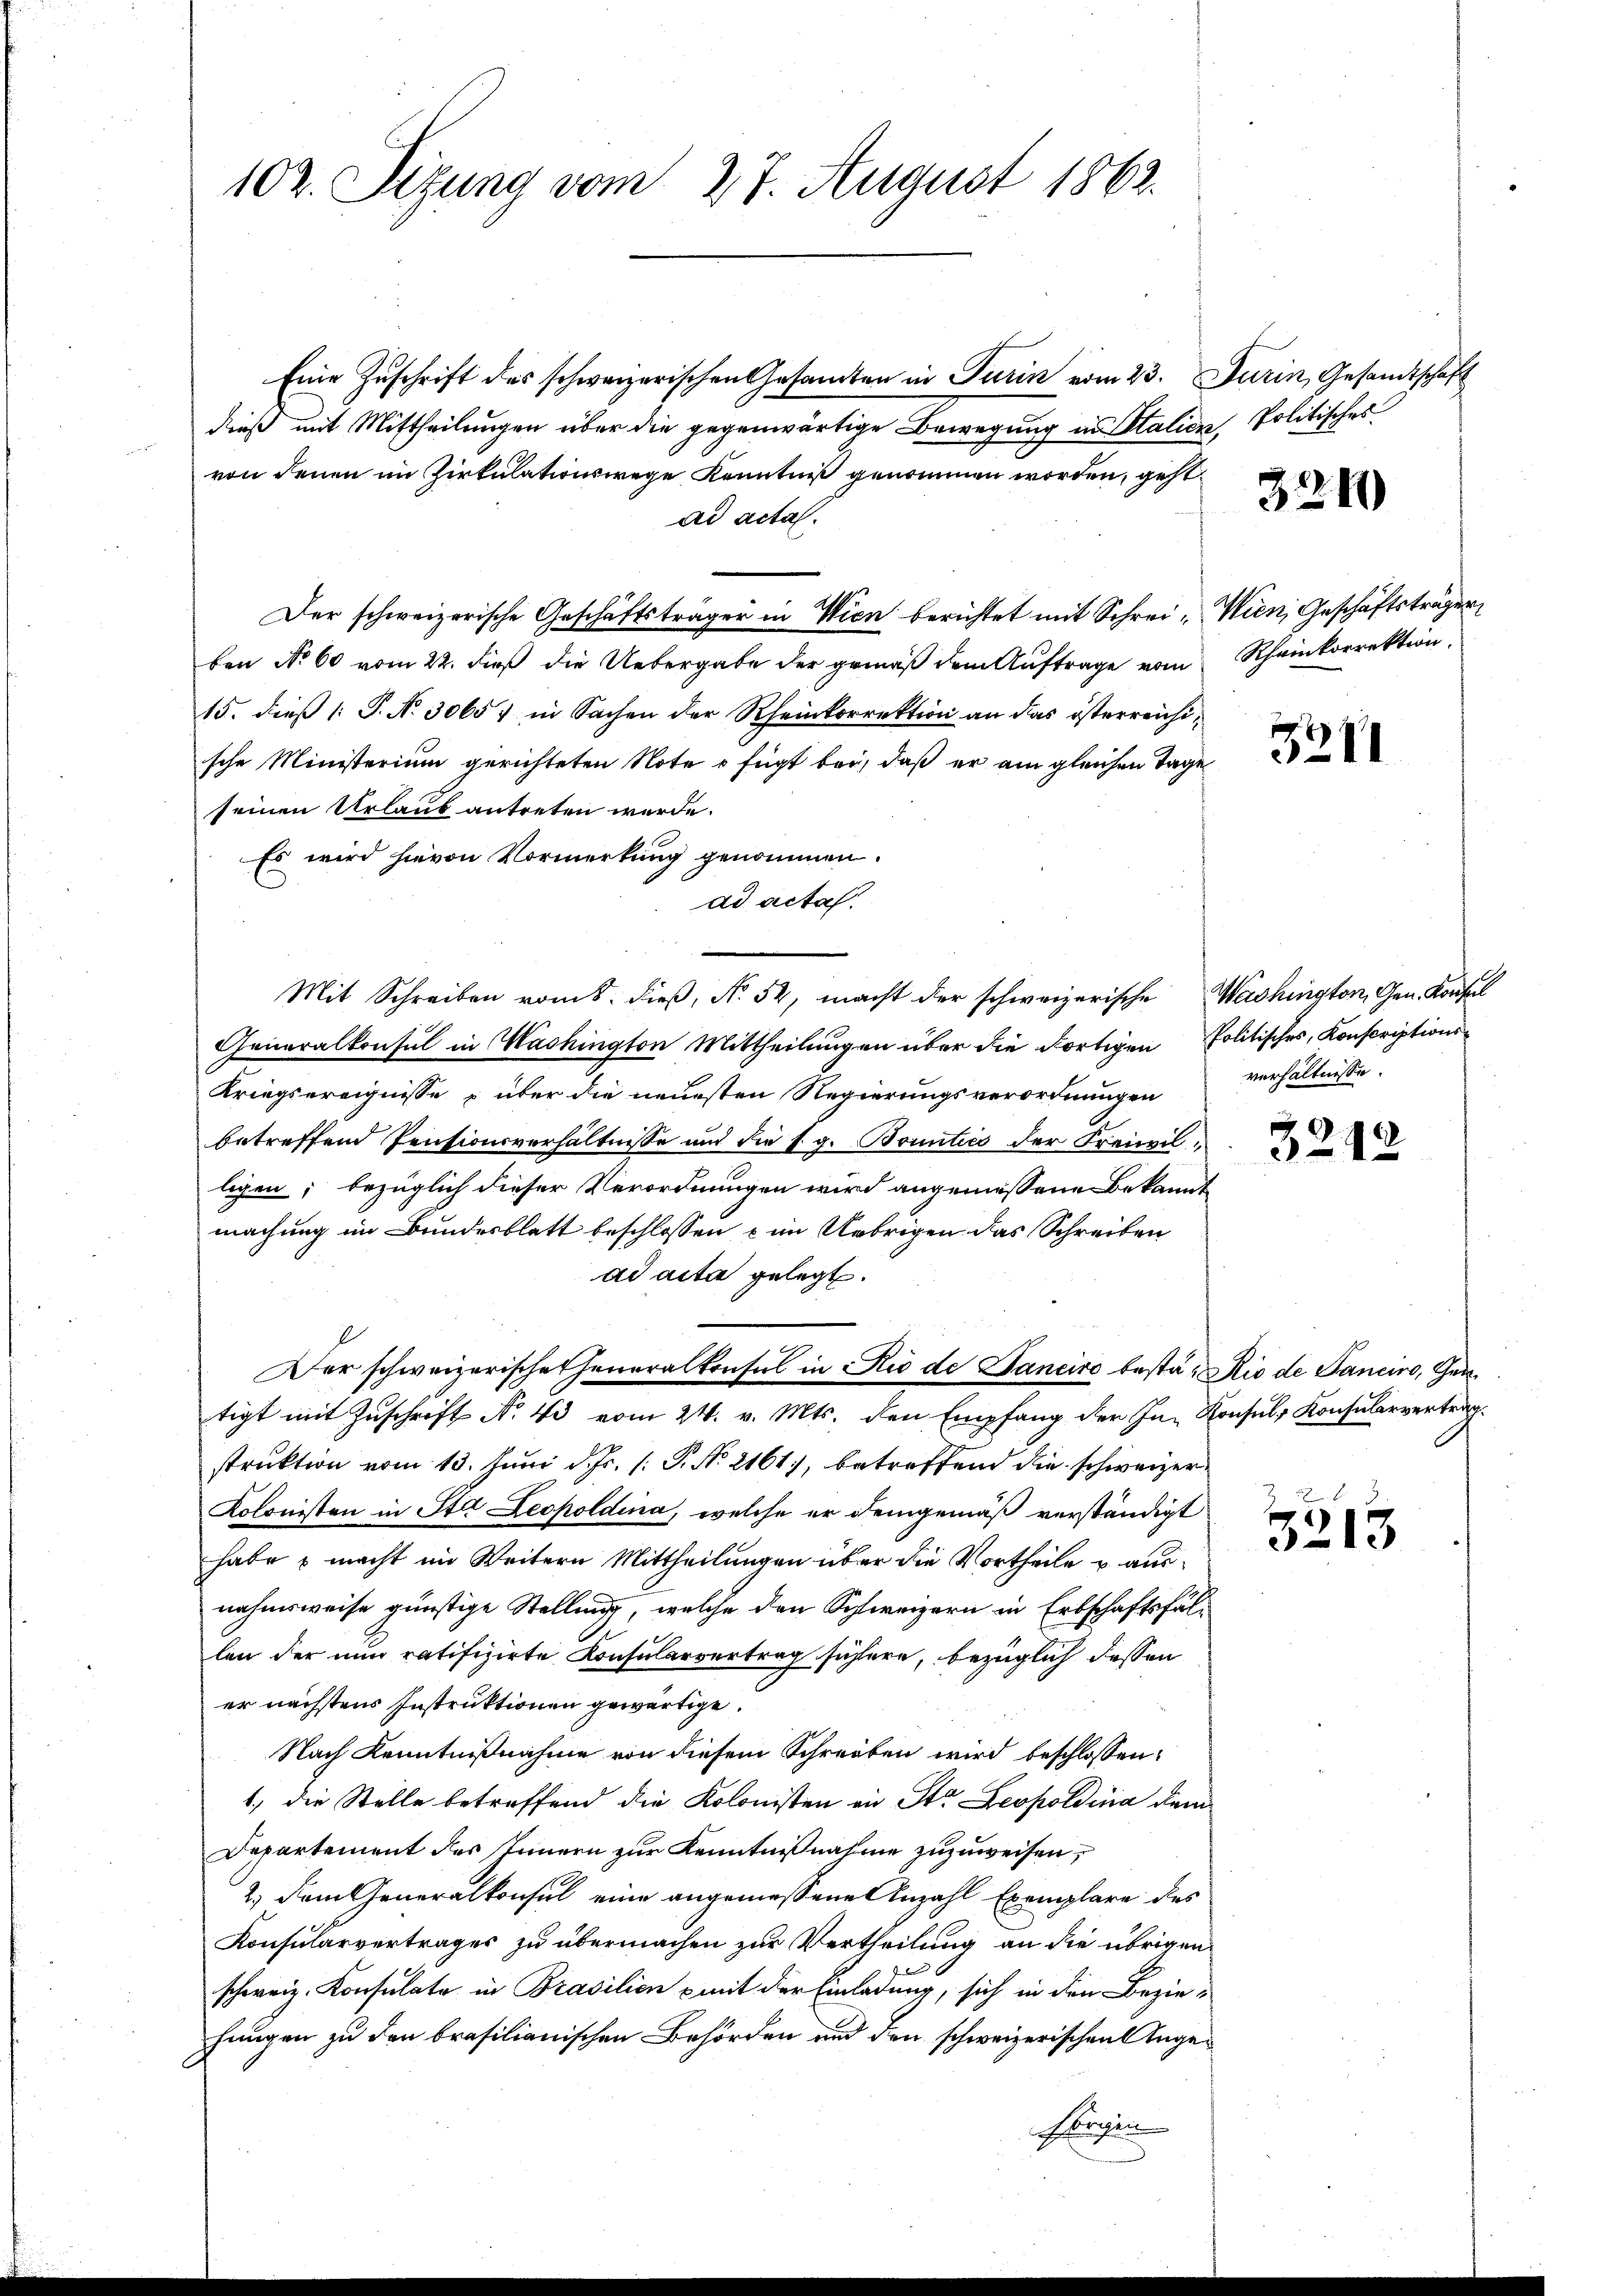
102. Sizung vom 27. August 1863.

Eine Zuschrift des schweizerischen Gesamten in Turin vom 23. Jurin, Gesandtschaft
dieß mit Mittheilungen über die gegenwärtige Bewegung in Stalien, Politisches
von denen im Zirkulationswege Kenntniß genommen worden, geht
ad acta.
Der schweizerische Geschäftsträger in Wien berichtet mit Schrei- Wien, Geschäftsträger
ben No 60 vom 22. dieß die Uebergabe der gemäß dem Auftrage vom Rheinkorrektion
15. dieß P. N. 30657 in Sachen der Rheinkorrektion an das österreichische Ministerium gerichteten Note o fügt bei, daß er am gleichen Tage
seinen Urlaub antreten werde.
Es wird hievon Vormerkung genommen.
ad acta.
Mit Schreiben vom 8. dieß, N. 52, macht der schweizerische Washington, Gen. Konsul
Generalkonsul in Washington Mittheilungen über die Fortigen Politisches, Konscriptions¬
Kriegsereignisse über die neuesten Regierungsverordnungen
betreffend Pensionsverhältnisse und die s. g. Bountico der Freizilligen; bezüglich dieser Verordnungen wird angemessene Bekannt
machung im Bundesblatt beschlossen u im Uebrigen das Schreiben
ad acta gelegt.
Der schweizerische Generalkonsul in Rio de Janeiro bestät Rio de Tanciro, Gentigt mit Zuschrift No. 43 vom 24. v. Mts. den Empfang der In- Konsuls Konsularvertrag.
struktion vom 13. Juni d. Js. [: P. No 2161, betreffend die schweizer¬
Kolonisten in Sta Leopoldina, welche er demgemäß verständigt
habe u macht im Weitern Mittheilungen über die Vortheile u ausnahmsweise günstige Stellung, welche den Schweizern in Erbschaftsfällen der nun ratifizirte Konsularvertrag sichere, bezüglich dessen
er nächstens Instruktionen gewärtige.
Nach Kenntnißnahme von diesem Schreiben wird beschlossen:
1., die Stelle betreffend die Kolonisten an Str. Leopoldina dem
Departement des Innern zur Kenntnißnahme zuzuweisen,
2.) Dem Generalkonsul eine angemessene Anzahl Exemplare des
Konsularvertrages zu übermachen zur Vertheilung an die übrigen
schweiz. Konsulate in Brasilien mit der Einladung, sich in den Beziefungen zu den brasilianischen Behörden und den schweizerischen Ange¬
Eigen

3210

3211

verhältnisse.

3292

g
5213